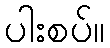
ပါးစပ်။